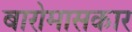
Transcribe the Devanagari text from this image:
बारोमासकार